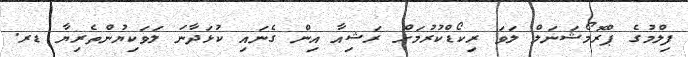
ފިލްމުގެ ޕްރޮމޯޝަނަލް ލަވަ ރިކޯޑްކުރުމަށް ރަޝިއާ އިން ގެނައި ކުޅަދާނަ ލަވަކިޔުންތެރިޔާ ޑރ.